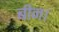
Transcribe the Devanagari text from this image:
बीन।